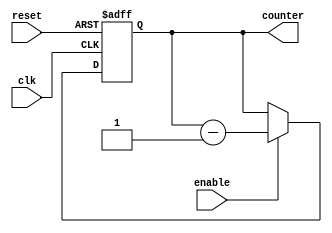
module timing_control (
    input wire clk,
    input wire reset,
    input wire enable,
    output reg [7:0] counter
);

parameter N = 8; // Preset value for counter

always @(posedge clk or posedge reset) begin
    if (reset) begin
        counter <= N;
    end else begin
        if (enable) begin
            counter <= counter - 1;
        end
    end
end

endmodule